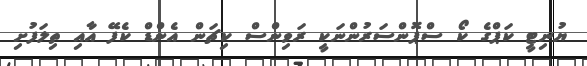
ޔުނިޓީ ކަޕްގެ ކޯ ސްޕޮންސަރުންނަކީ ރަވިންސް ކިޗަން އެންޑް ކެފޭ އާއި ތިލަފުށި